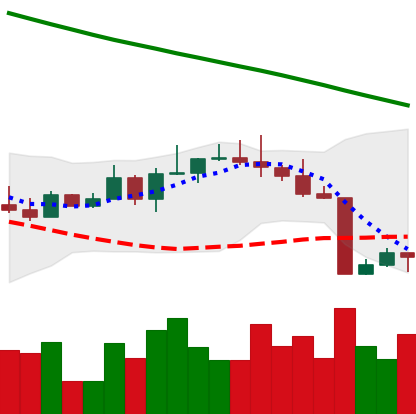
Ticker: BTC-USD
Chart end date: 2022-08-22
Forward return: -6.342%
Label: down_5_7